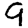
Digit: 9